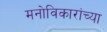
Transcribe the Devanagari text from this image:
मनोविकारांच्या